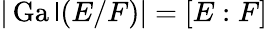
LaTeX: |\operatorname{Ga\mathsf{l}}(E/F)|=[E:F]